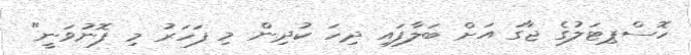
ހޮސްޕިޓަލުގެ ޖާގަ އަށް ބަލާފައި ދިހަ ކުދިން މި ފަހަރު މި ފޮނުވަނީ"